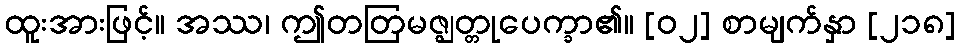
ထူးအားဖြင့်။ အဿ၊ ဤတတြမဇ္ဈတ္တုပေက္ခာ၏။ [၀၂] စာမျက်နှာ [၂၁၈]